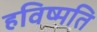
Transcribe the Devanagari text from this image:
हविष्मति